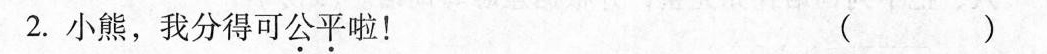
2.小熊，我分得可公平啦！ ( )